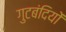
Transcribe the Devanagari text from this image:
गुटबंदियों